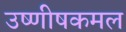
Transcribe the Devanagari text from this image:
उष्णीषकमल